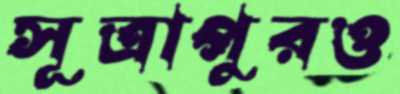
সূত্রাপুরও